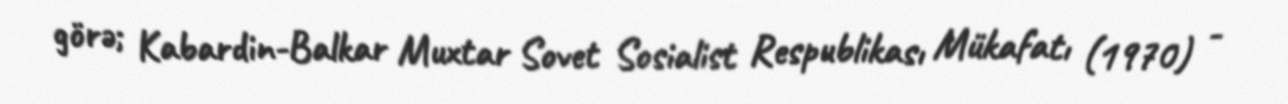
görə; Kabardin-Balkar Muxtar Sovet Sosialist Respublikası Mükafatı (1970) -